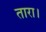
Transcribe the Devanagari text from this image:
तारा।